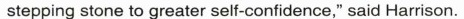
stepping stone to greater self-confidence," said Harrison.